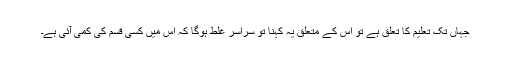
جہاں تک تعلیم کا تعلق ہے تو اس کے متعلق یہ کہنا تو سراسر غلط ہوگا کہ اس میں کسی قسم کی کمی آئی ہے۔